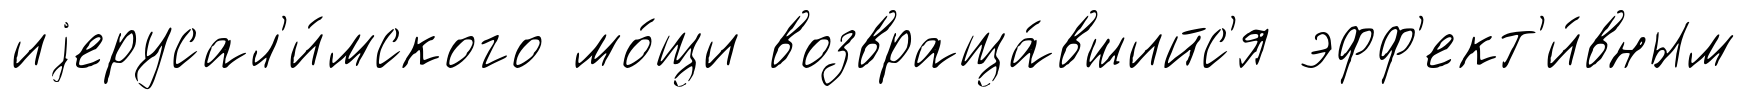
иjерусал'и́мского мо́щи возвраща́вшийс'я эфф'ект'и́вным